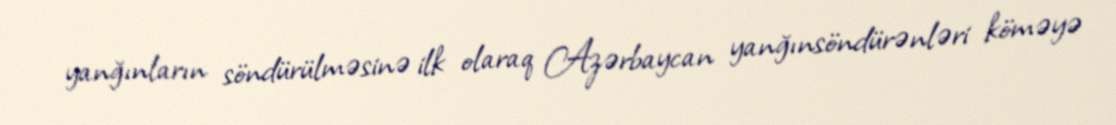
yanğınların söndürülməsinə ilk olaraq Azərbaycan yanğınsöndürənləri köməyə